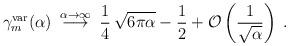
LaTeX: \begin{align*}\gamma_m^{\rm var} (\alpha) \> \stackrel{\alpha \to \infty}{\longrightarrow} \> \frac{1}{4} \, \sqrt{6 \pi \alpha} - \frac{1}{2} + {\cal O} \left ( \frac{1}{\sqrt{\alpha}} \right ) \>.\end{align*}